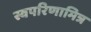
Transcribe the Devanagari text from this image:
स्वपरिणामित्र